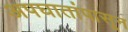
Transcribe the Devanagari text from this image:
अपघातांपासून